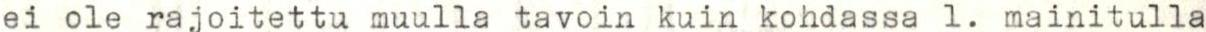
ei ole rajoitettu muulla tavoin kuin kohdassa 1. mainitulla